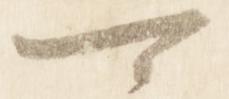
可